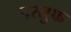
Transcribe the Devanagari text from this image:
वस्तुफ़